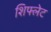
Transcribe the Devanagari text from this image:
शिफ्लेट